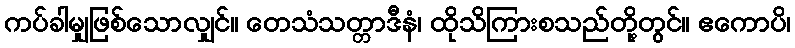
ကပ်ခါမျှဖြစ်သောလျှင်။ တေသံသတ္တာဒီနံ၊ ထိုသိကြားစသည်တို့တွင်။ ဧကောပိ၊